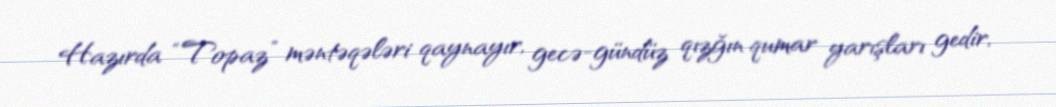
Hazırda “Topaz” məntəqələri qaynayır, gecə-gündüz qızğın qumar yarışları gedir,